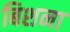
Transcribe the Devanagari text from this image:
बिशना